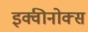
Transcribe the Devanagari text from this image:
इक्वीनोक्स